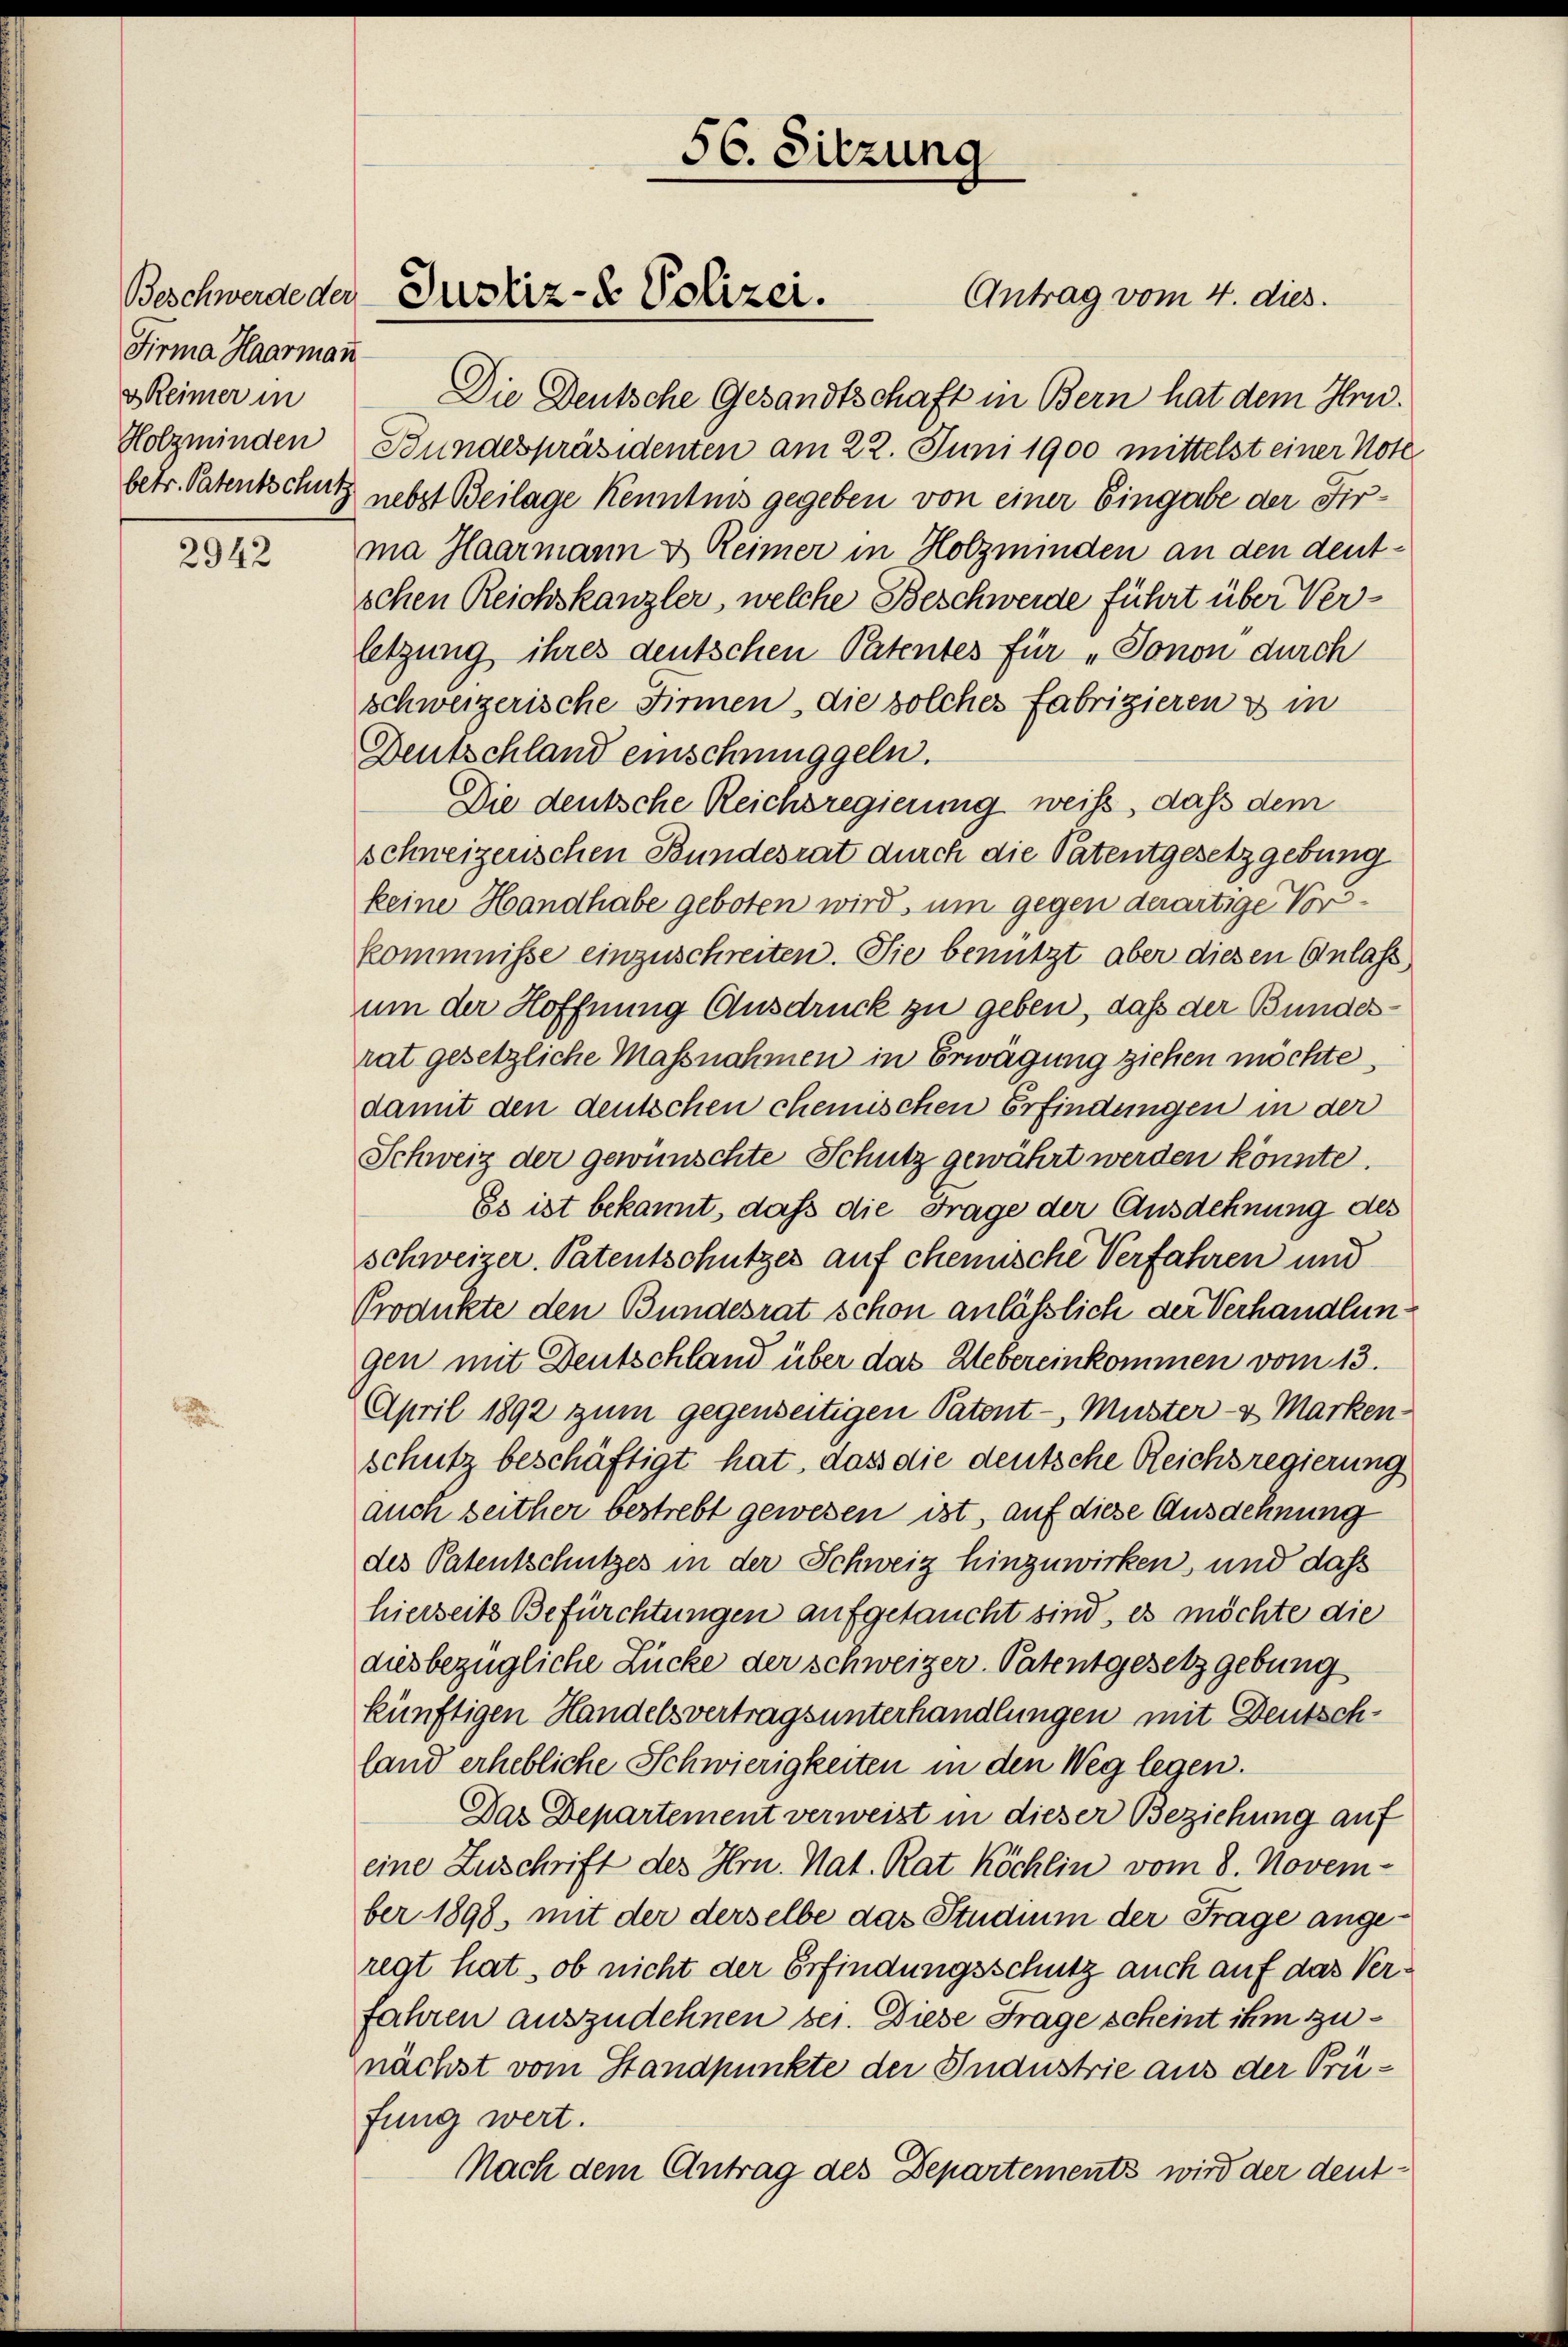
Beschwerde der
Firma Haarman
& Reimer in

2942

Die Deutsche Gesandtschaft in Bern hat dem Hrn.
Holzminden Bundespräsidenten am 22. Juni 1900 mittelst einer Note
betr. Patentschutz nebst Beilage Kenntnis gegeben von einer Eingabe der Firma Haarmann & Reimer in Holzminden an den deutschen Reichskanzler, welche Beschwerde führt über Verletzung ihres deutschen Patentes für „Sonon durch
schweizerische Firmen, die solches fabrizieren & in
Deutschland einschmuggeln.
Die deutsche Reichsregierung weiß, dass dem
schweizerischen Bundesrat durch die Patentgesetzgebung
keine Handhabe geboten wird, um gegen derartige Vorskommnisse einzuschreiten. Sie benutzt aber diesen Anlass
um der Hoffnung Ausdruck zu geben, daß der Bundesrat gesetzliche Massnahmen in Erwägung ziehen möchte,
damit den deutschen chemischen Erfindungen in der
Schweiz der gewünschte Schutz gewährt werden könnte.
Es ist bekannt, daß die Frage der Ausdehnung des
schweizer. Patentschutzes auf chemische Verfahren und
Produkte den Bundesrat schon anlässlich der Verhandlungen mit Deutschland über das Uebereinkommen vom 13.
April 1892 zum gegenseitigen Patent, Muster- & Marken-
schutz beschäftigt hat, dass die deutsche Reichsregierung
auch seither bestrebt gewesen ist, auf diese Ausdehnung
des Patentschutzes in der Schweiz hinzuwirken, und dass
hierseits Befürchtungen aufgetaucht sind, es möchte die
diesbezügliche Lücke der schweizer-Patentgesetzgebung
künftigen Handelsvertragsunterhandlungen mit Deutschland erhebliche Schwierigkeiten in den Weg legen.
Das Departement verweist in dieser Beziehung auf
eine Zuschrift des Hrn. Nat. Rat Köchlin vom 8. November 1898, mit der derselbe das Studium der Frage angeregt hat, ob nicht der Erfindungsschutz auch auf das Verfahren auszudehnen sei. Diese Frage scheint ihm zunächst vom Standpunkte der Industrie aus der Prüfung wert.
Nach dem Antrag des Departements wird der deut¬

Justiz- & Polizei.

56. Sitzung

Antrag vom 4. dies.